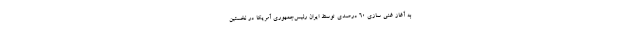
به آغاز غنی‌ سازی ۶۰ درصدی توسط ایران رئیس‌جمهوری آمریکا در نخستین